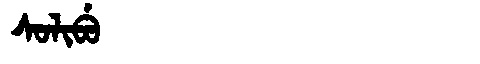
Manchu: ᠰᠣᠯᡳᠪᡠ
Romanization: SOLIBU